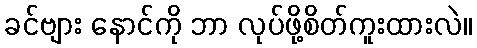
ခင်ဗျား နောင်ကို ဘာ လုပ်ဖို့စိတ်ကူးထားလဲ။